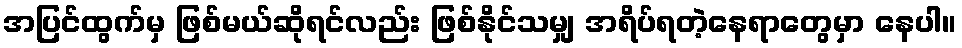
အပြင်ထွက်မှ ဖြစ်မယ်ဆိုရင်လည်း ဖြစ်နိုင်သမျှ အရိပ်ရတဲ့နေရာတွေမှာ နေပါ။